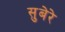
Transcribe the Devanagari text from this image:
सुबेरे